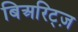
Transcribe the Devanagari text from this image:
बिअरिट्ज़